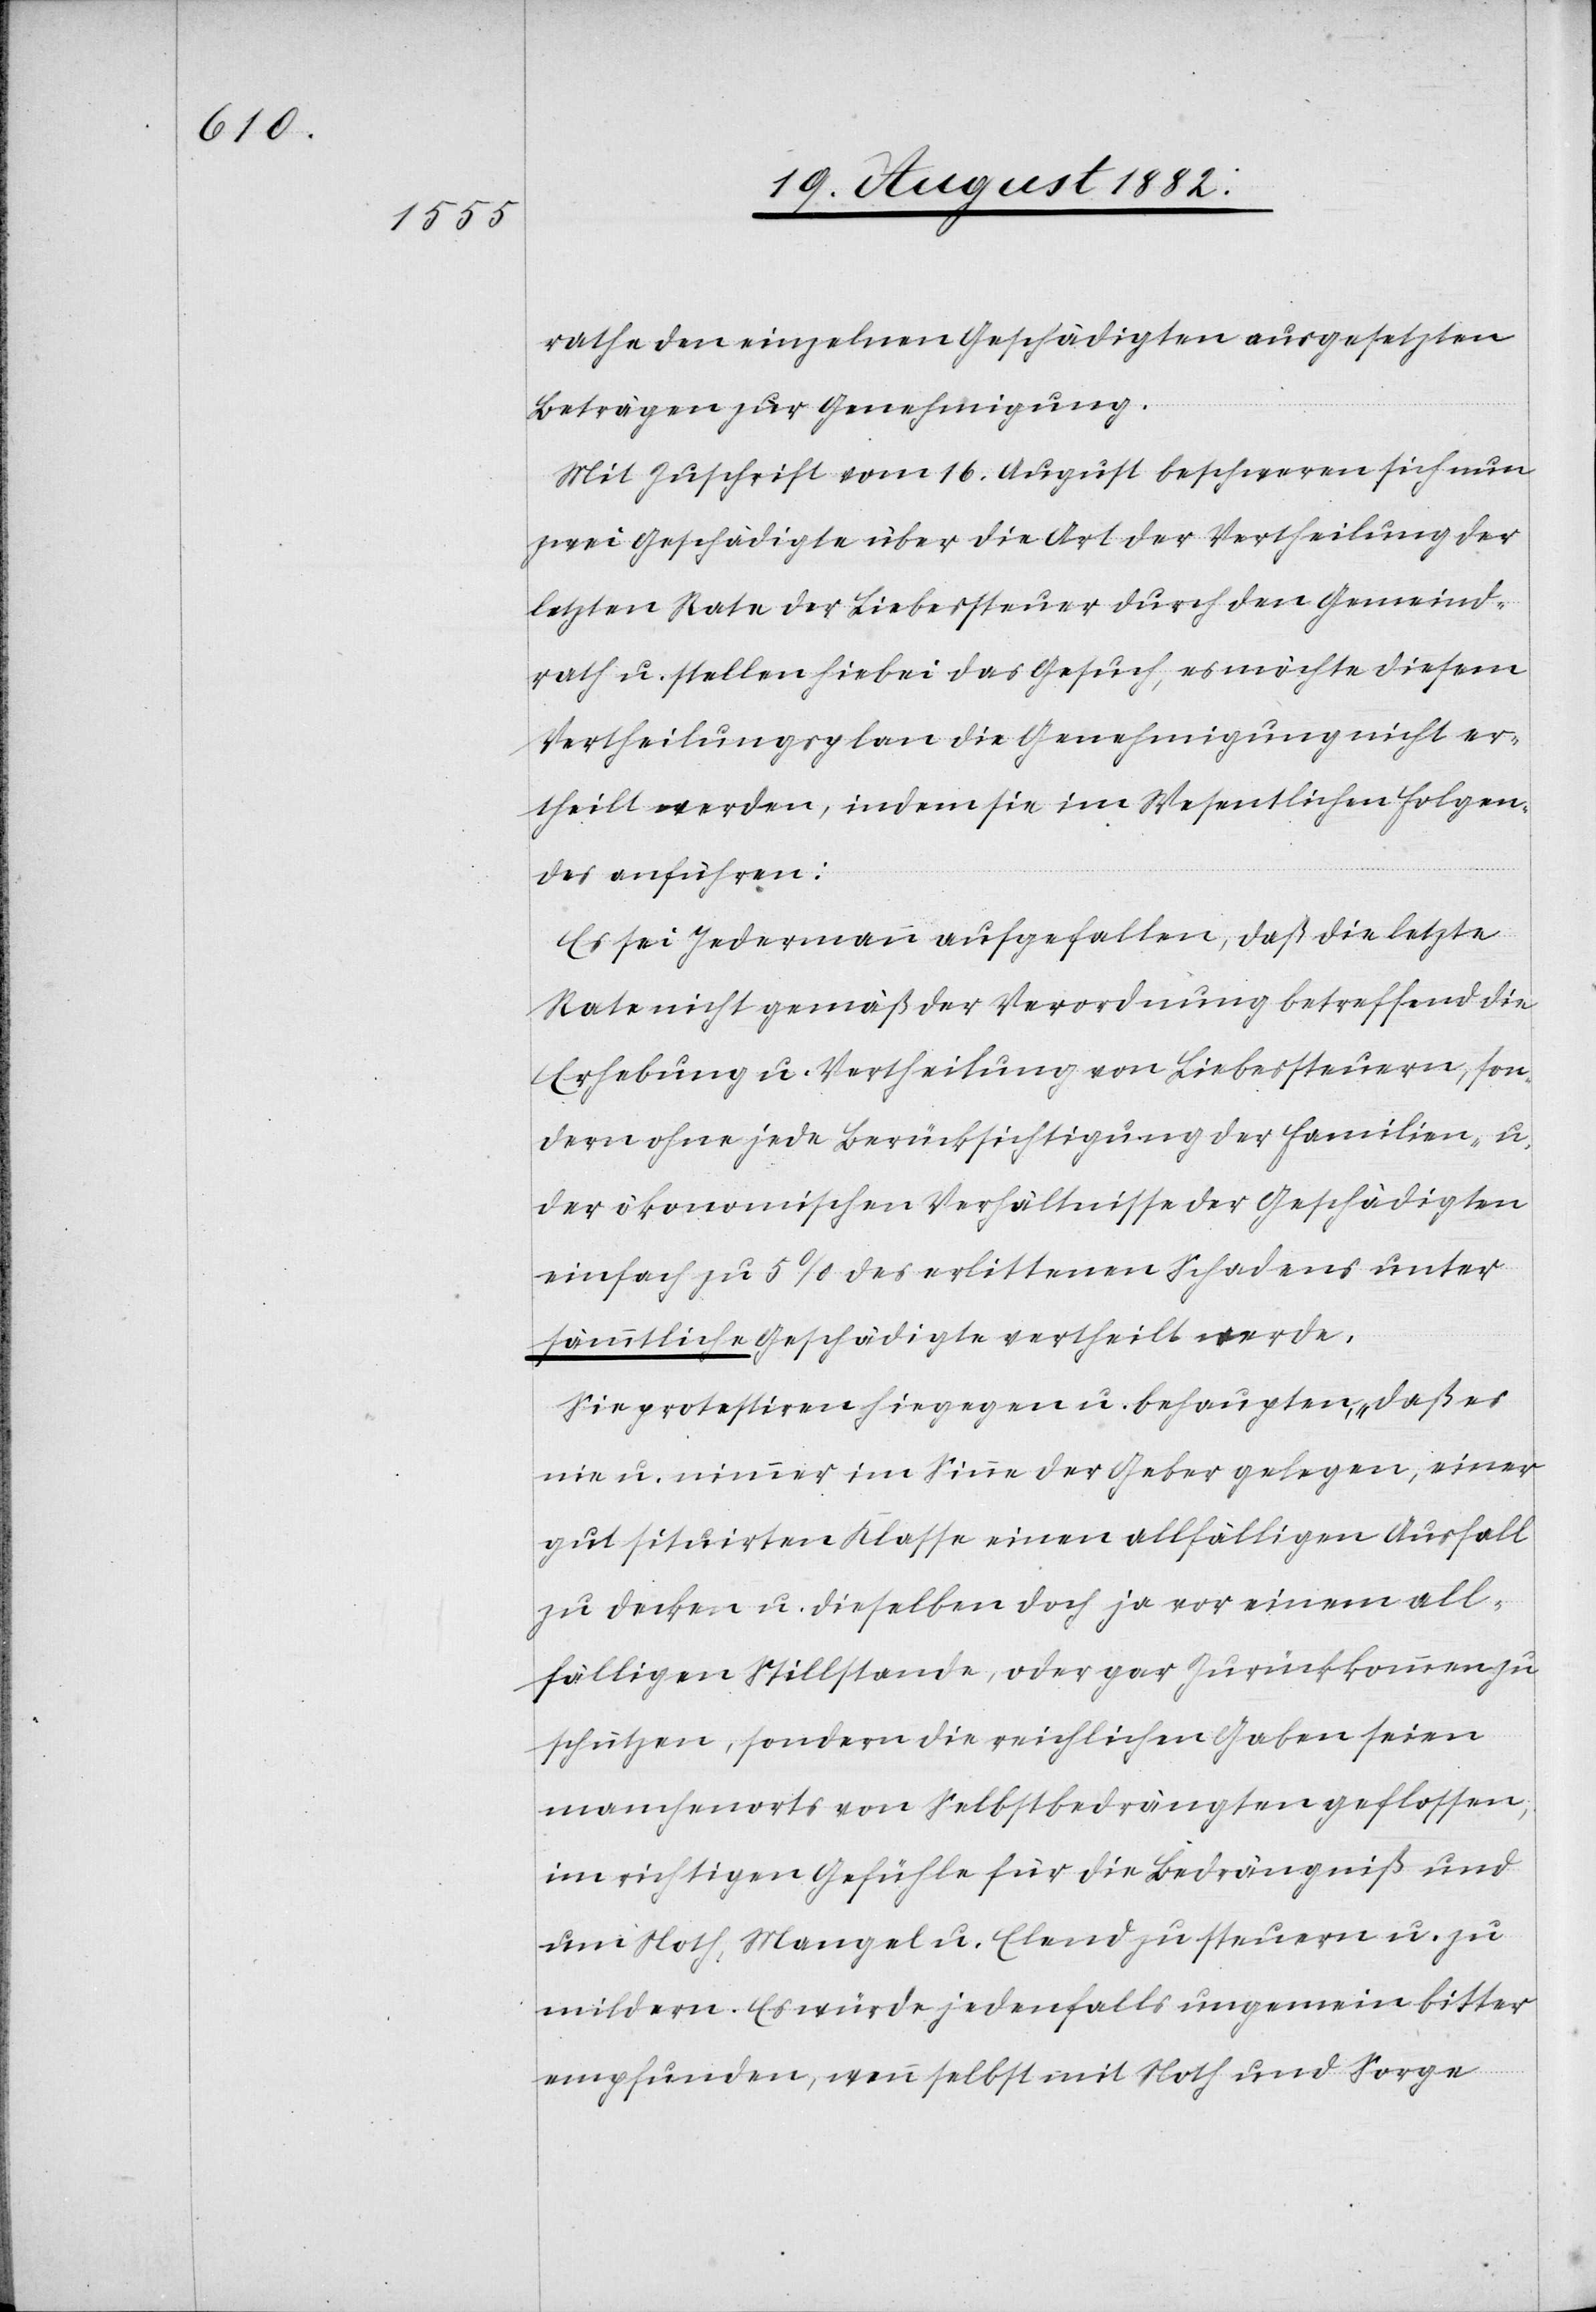
rathe den einzelnen Geschädigten ausgesetzten
Beträgen zur Genehmigung.
Mit Zuschrift vom 16. August beschweren sich nun
zwei Geschädigte über die Art der Vertheilung der
letzten Rate der Liebessteuer durch den Gemeind¬
rath u. stellen hiebei das Gesuch, es möchte diesem
Vertheilungsplan die Genehmigung nicht er¬
theilt werden, indem sie im Wesentlichen Folgen¬
des anführen:
Es sei Jedermann aufgefallen, daß die letzte
Rate nicht gemäß der Verordnung betreffend die
Erhebung u. Vertheilung von Liebessteuern, son¬
dern ohne jede Berücksichtigung der Familien- u.
der ökonomischen Verhältnisse der Geschädigten
einfach zu 5% des erlittenen Schadens unter
sämmtliche Geschädigte vertheilt werde.
Sie protestiren hiegegen u. behaupten, „daß es
nie u. nimmer im Sinne der Geber gelegen, einer
gut situirten Klasse einen allfälligen Ausfall
zu decken u. dieselben doch ja vor einem all¬
fälligen Stillstande, oder gar Zurückkommen zu
schützen, sondern die reichlichen Gaben seien
manchenorts von Selbstbedrängten geflossen,
im richtigen Gefühle für die Bedrängniß und
um Noth, Mangel u. Elend zu steuern u. zu
mildern. Es würde jedenfalls ungemein bitter
empfunden, wenn selbst mit Noth und Sorge